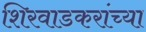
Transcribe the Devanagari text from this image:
शिरवाडकरांच्या